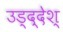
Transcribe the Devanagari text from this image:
उड्द्देश्